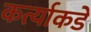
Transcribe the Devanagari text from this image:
कर्त्याकडे